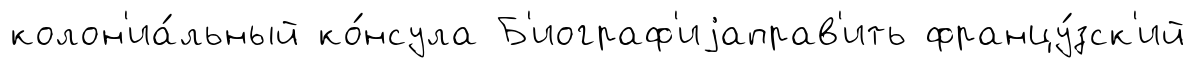
колон'иа́льный ко́нсула Б'иограф'иjаправ'ить францу́зск'ий